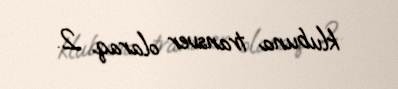
klubuna transver olaraq 2.